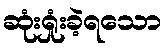
ဆုံးရှုံးခဲ့ရသော